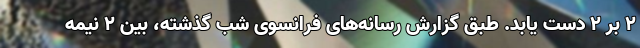
2 بر 2 دست یابد. طبق گزارش رسانه‌های فرانسوی شب گذشته، بین 2 نیمه